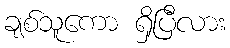
ချစ်သူကော ရှိပြီလား